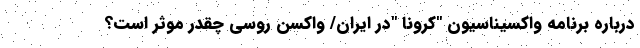
درباره برنامه واکسیناسیون "کرونا "در ایران/ واکسن روسی چقدر موثر است؟